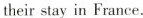
their stay in France.